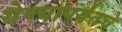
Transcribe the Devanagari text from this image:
येण्यापर्यंतचे